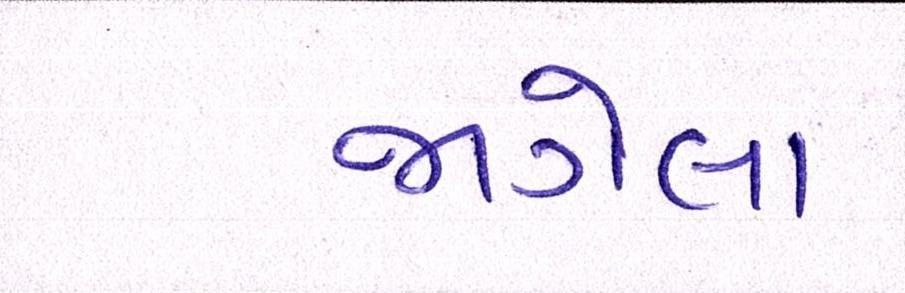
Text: જાગેલા